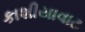
કાશીયાવાટ